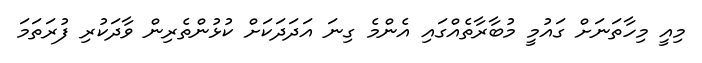
މިއީ މިހާތަނަށް ގައުމީ މުބާރާތެއްގައި އެންމެ ގިނަ އަދަދަކަށް ކުޅުންތެރިން ވާދަކުރި ފުރަތަމަ